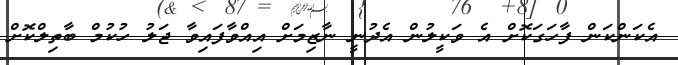
އެކަންކަން ފާހަގަކޮށް އެ ވަކީލުން އެދުނީ ނާޒިމަށް އިއްވާފައިވާ ޖަލު ހުކުމް ބާތިލްކޮށް